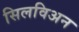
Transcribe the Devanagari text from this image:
सिलविअन